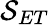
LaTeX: \mathcal{S}_{ET}